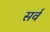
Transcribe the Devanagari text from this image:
सर्व